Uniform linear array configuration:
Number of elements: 24
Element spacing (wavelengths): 0.75
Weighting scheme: hann
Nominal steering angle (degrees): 15
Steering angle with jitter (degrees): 16.508
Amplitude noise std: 0.05
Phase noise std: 0.05

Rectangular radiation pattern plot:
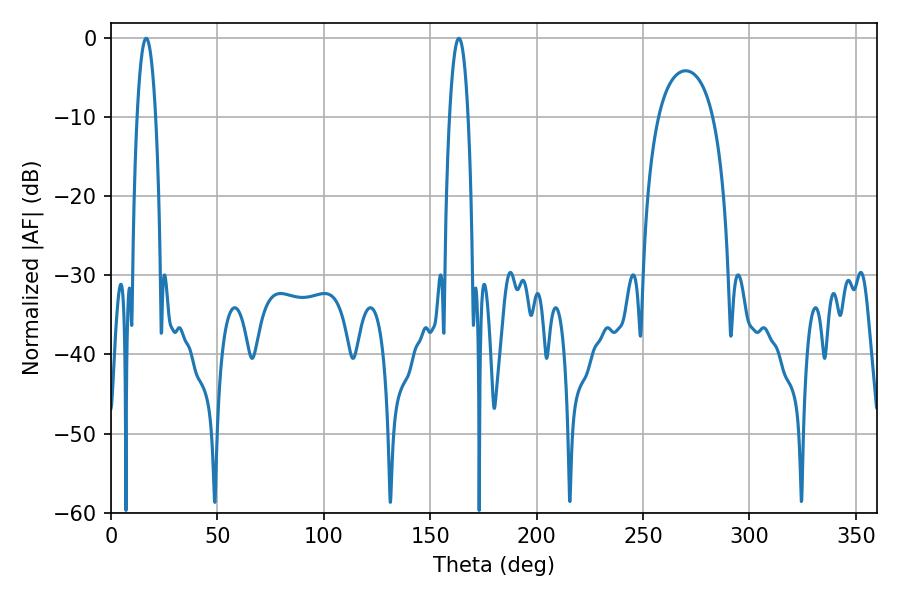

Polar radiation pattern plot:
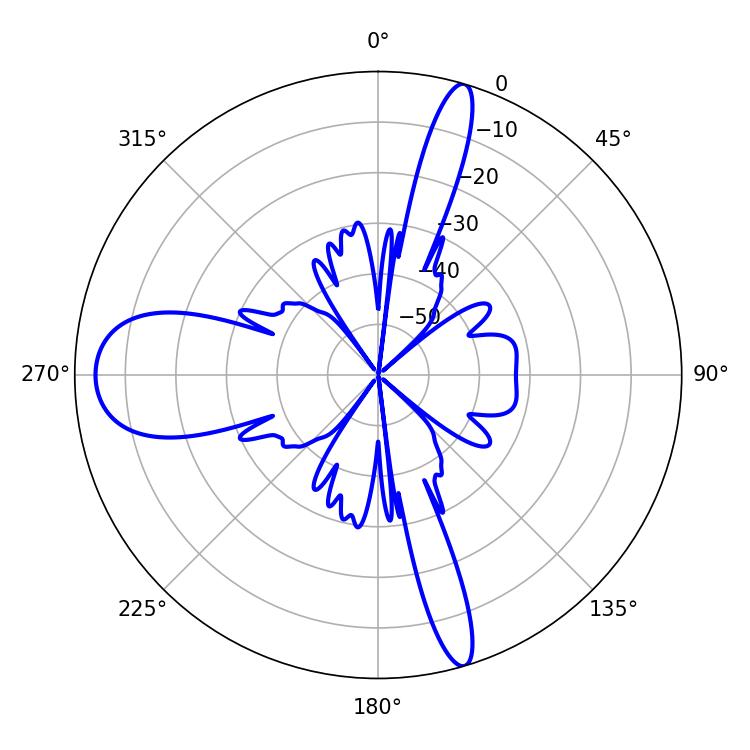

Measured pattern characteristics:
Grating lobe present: TRUE
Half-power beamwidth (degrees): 4.68
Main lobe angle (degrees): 16.56